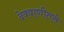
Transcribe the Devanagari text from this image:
देववाणीतले